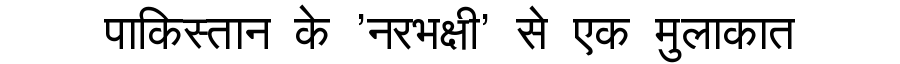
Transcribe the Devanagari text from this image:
पाकिस्तान के 'नरभक्षी' से एक मुलाकात